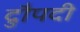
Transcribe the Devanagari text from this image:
द्रुौपदी